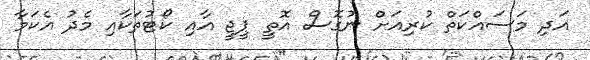
އަދި މަސައްކަތް ކުރިއަށް ނުގޮސް އޮތީ ޕީޖީ އާއި ކޯޓުތަކާއި މެދު އެކަމާ